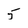
Character: 5